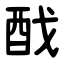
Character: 䣬